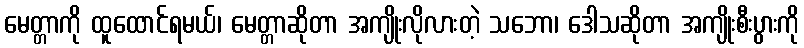
မေတ္တာကို ထူထောင်ရမယ်၊ မေတ္တာဆိုတာ အကျိုးလိုလားတဲ့ သဘော၊ ဒေါသဆိုတာ အကျိုးစီးပွားကို